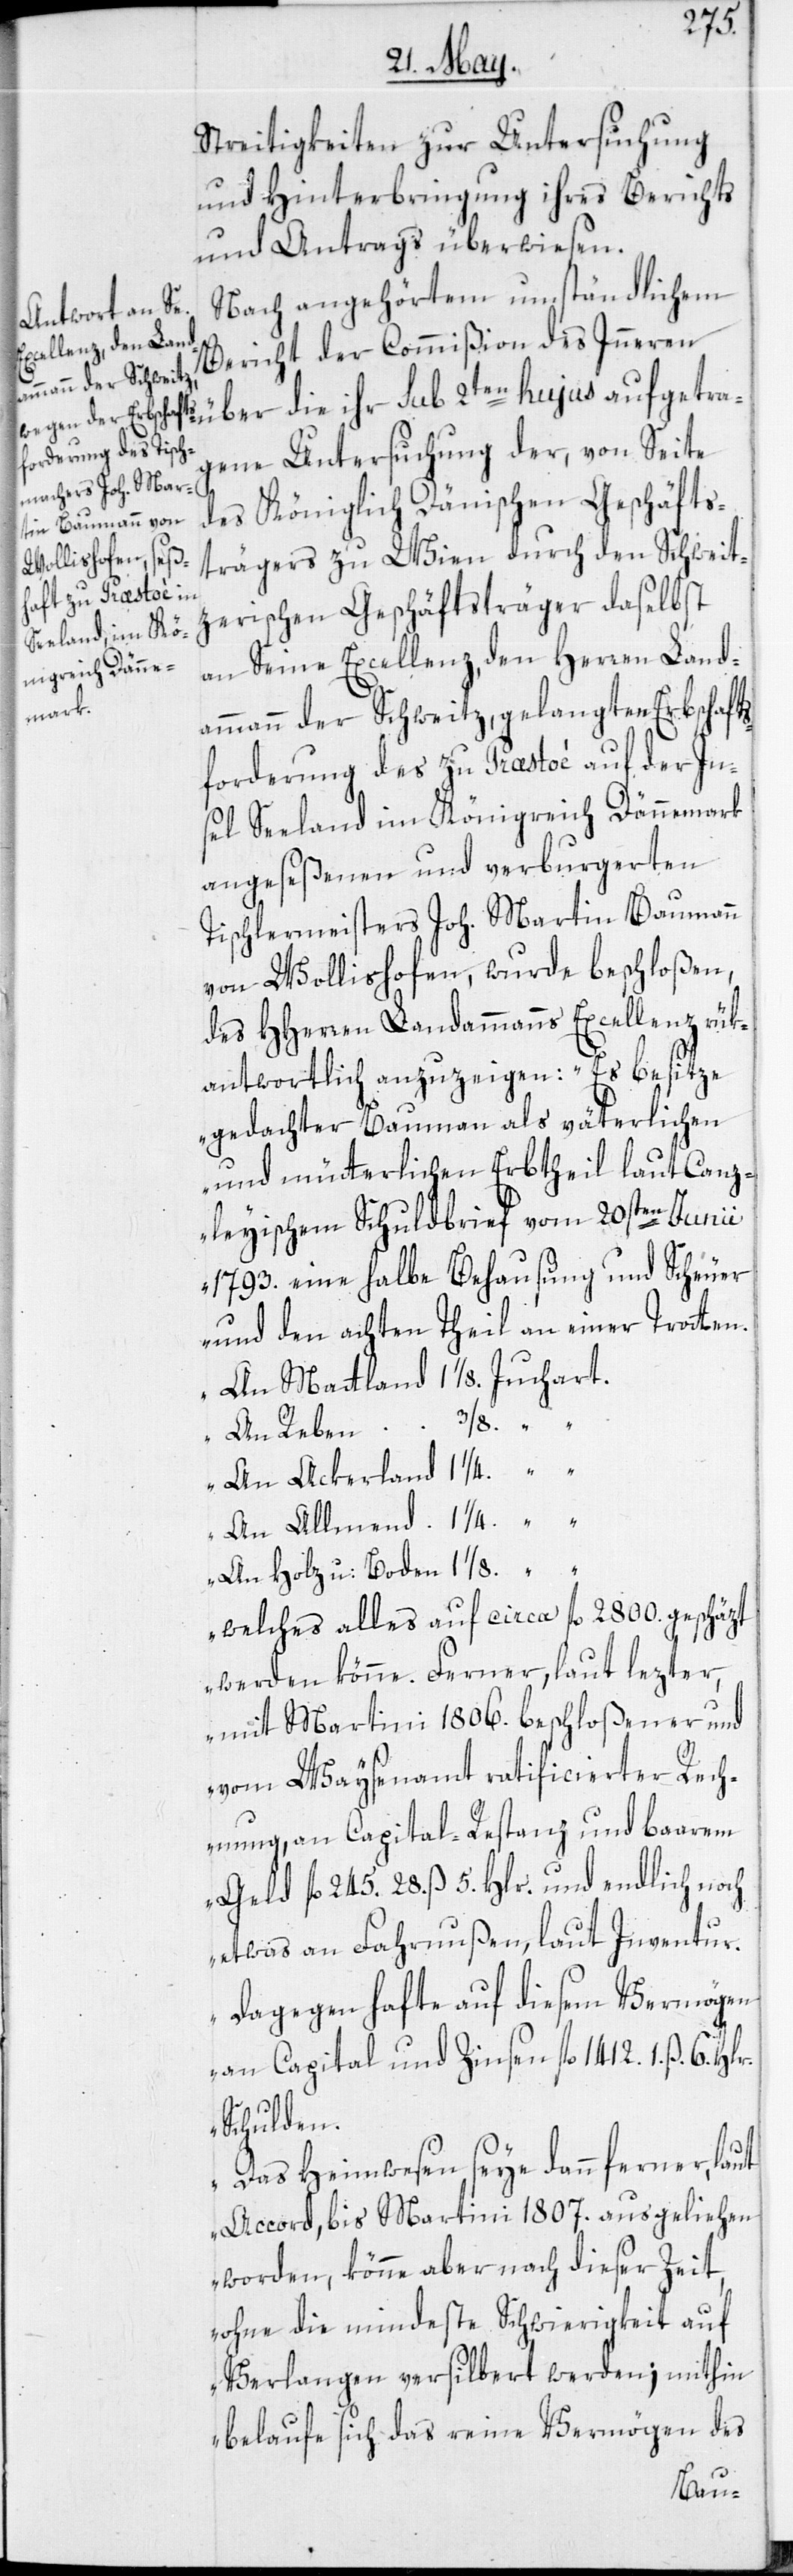
3/8.
Streitigkeiten zur Untersuchung
und Hinterbringung ihres Berichts
und Antrags überwiesen.
Nach angehörtem umständlichem
Bericht der Commißion des Inneren
gene Untersuchung der, von Seite
des Königlich Dänischen Geschäfts¬
trägers zu Wien durch den Schweit¬
zerischen Geschäftsträger daselbst
an Seine Excellenz, den Herren Land¬
fgetra¬
ammann der Schweitz, gelangten Erbschafts¬
forderung des zu Præstoé auf der In¬
sel Seeland im Königreich Dännemark
angeseßenen und verburgerten
Tischlermeisters Joh. Martin Baumann
von Wollishofen, wurde beschloßen,
des HHerren Landammanns Excellenz rük¬
antwortlich anzuzeigen: „Es besitze
gedachter Baumann als väterlichen
und mütterlichen Erbtheil laut Canz¬
leyischem Schuldbrief vom 20sten Junii
1793. eine halbe Behausung und Scheuer
und den achten Theil an einer Trotten.
1
An Holz u: Boden
welches alles auf circa fl. 2800. geschäzt
werden könne. Ferner, laut lezter,
mit Martini 1806. beschloßener und
vom Waysenamt ratificierter Rech¬
nung, an Capital-Restanz und baarem
Geld fl. 245. 28. ß 5. Hlr. und endlich noch
etwas an Fahrnußen, laut Inventur
dagegen hafte auf diesem Vermögen
an Capital und Zinsen fl. 1412. 1. ß. 6.
Schulden.
Das Heimwesen seye dann ferner, laut
Accord, bis Martini 1807. ausgeliehen
worden, könne aber nach dieser Zeit
ohne die mindeste Schwierigkeit auf
Verlangen versilbert werden; mithin
belaufe sich das reine Vermögen des
au¬